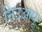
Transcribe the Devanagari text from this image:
निउआपू